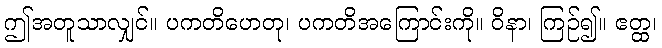
ဤအတူသာလျှင်။ ပကတိဟေတု၊ ပကတိအကြောင်းကို။ ဝိနာ၊ ကြဉ်၍။ ဧတ္ထ၊